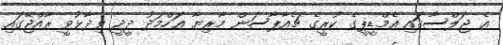
އެ ޖަލްސާގައި އެމްޑީޕީގެ ކުރީގެ ޗެއާޕާސަން މާރިޔާ އަހްމަދު ދީދީ ވިދާޅުވީ ރާއްޖޭގައި